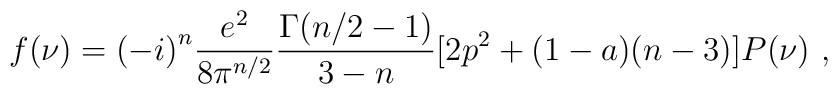
f(\nu)={(-i)}^n\frac{e^2}{8{\pi}^{n/2}}\frac{\Gamma(n/2-1)}{3-n}[2p^2+(1-a)(n-3)]P(\nu) \,\,,